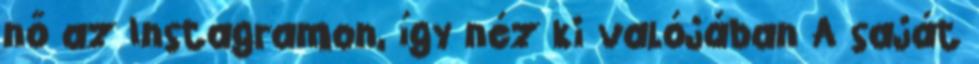
nő az Instagramon, így néz ki valójában A saját